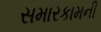
સમારકામની